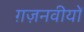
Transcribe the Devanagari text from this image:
ग़ज़नवीयों